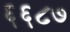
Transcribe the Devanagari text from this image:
६६८७